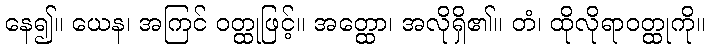
နေ၍။ ယေန၊ အကြင် ဝတ္ထုဖြင့်။ အတ္ထော၊ အလိုရှိ၏။ တံ၊ ထိုလိုရာဝတ္ထုကို။